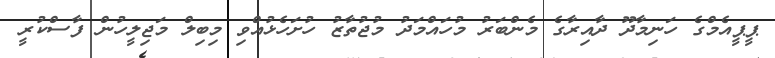
ޕީޕީއެމްގެ ހަނިމާދޫ ދާއިރާގެ މެންބަރު މުހައްމަދު މުޖުތާޒު ހުށަހެޅުއްވި މިބިލް މަޖިލީހުން ފާސްކުރީ